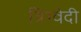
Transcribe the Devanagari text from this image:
त्रिग्वेदी